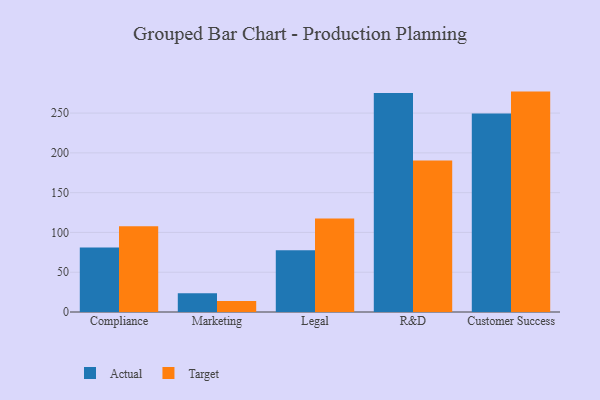
{"axis": {"x": "Department", "y": "Customer Acquisition Cost (USD)"}, "legend": ["Actual", "Target"], "data": [{"x": "Compliance", "y": 81.2, "type": "Actual"}, {"x": "Compliance", "y": 107.9, "type": "Target"}, {"x": "Marketing", "y": 23.5, "type": "Actual"}, {"x": "Marketing", "y": 13.8, "type": "Target"}, {"x": "Legal", "y": 77.5, "type": "Actual"}, {"x": "Legal", "y": 117.6, "type": "Target"}, {"x": "R&D", "y": 275.1, "type": "Actual"}, {"x": "R&D", "y": 190.5, "type": "Target"}, {"x": "Customer Success", "y": 249.4, "type": "Actual"}, {"x": "Customer Success", "y": 277.0, "type": "Target"}]}